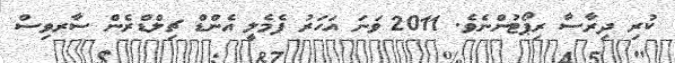
ކުރި ދިރާސާ ރިޕޯޓުންނެވެ. 2011 ވަނަ އަހަރު ފެމެލީ އެންޑް ޗިލްޑްރެން ސާރވިސް